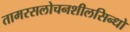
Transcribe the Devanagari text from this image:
तामरसलोचनशीलसिन्धो